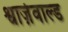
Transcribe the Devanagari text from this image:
श्वार्ज़वाल्ड